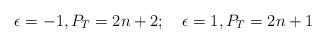
\begin{align*}\epsilon = -1, P_T = 2n + 2 ;\quad \epsilon = 1, P_T = 2n + 1\end{align*}